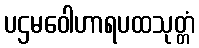
ပဌမဝေါဟာရပထသုတ္တံ